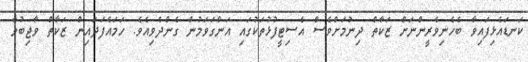
ކަނޑައެޅިފައިވާ ބެހެނިވެރީންނަށް ޒަކާތް ދިނުމަށްވެސް އެސިޓީފުޅުތަކުގައި އަންގަވަމުން ގެންދެވިއެވެ. ހަމައެފަދައިން ޒަކާތް ވާޖިބުވާ